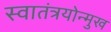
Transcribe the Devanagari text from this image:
स्वातंत्रयोन्मुख